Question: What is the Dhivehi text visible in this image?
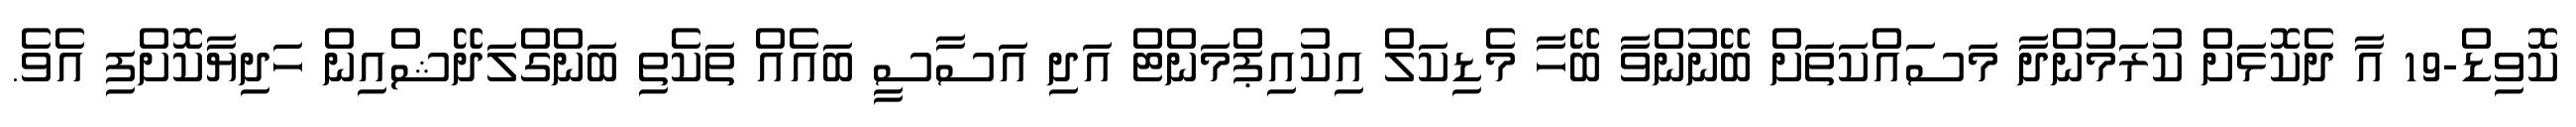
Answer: ކޮވިޑް-19 އާ ދެކޮޅަށް ކުރަމުންދާ މަސައްކަތަށް ބޭނުންވާ ބޭހާ މެޑިކަލް އިކުއިޕްމަންޓް އަދި އަސާސީ ބައެއް ތަކެތި ބަންގްލަދޭޝްއިން ހަދިޔާކޮށްފި އެވެ.